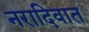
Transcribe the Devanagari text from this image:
नरादिवात